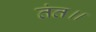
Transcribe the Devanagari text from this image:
तंत॥